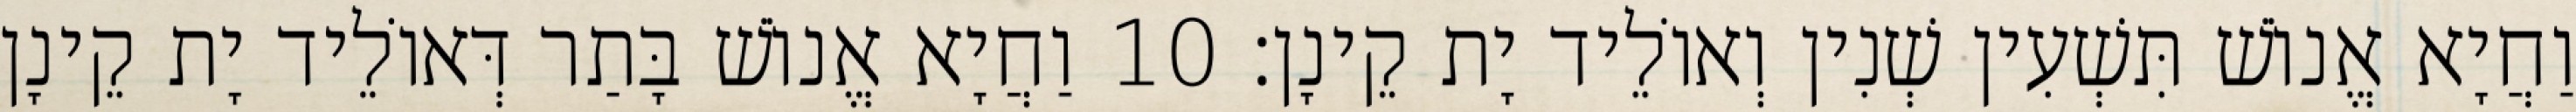
וַחֲיָא אֱנוֹשׁ תִּשְׁעִין שְׁנִין וְאוֹלֵיד יָת קֵינָן׃ 10 וַחֲיָא אֱנוֹשׁ בָּתַר דְּאוֹלֵיד יָת קֵינָן